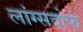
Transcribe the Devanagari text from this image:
लांग्सदोर्फ